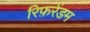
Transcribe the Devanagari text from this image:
रिफ़रेंडम